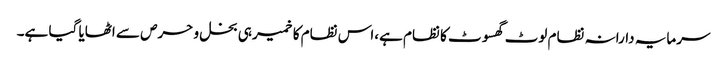
سرمایہ دارانہ نظام لوٹ گھسوٹ کا نظام ہے،اس نظام کا خمیر ہی بخل و حرص سے اٹھایا گیا ہے۔